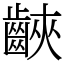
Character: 䶝